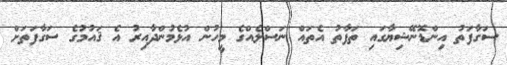
ސަގާފަތު އިންޑޮނޭޝިޔާގައި ތަފާތު އެތައް ނަސްލެއްގެ މީހުން އުޅެމުންދާއިރު އެ ޤައުމުގެ ސަގާފަތަށް